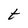
Character: t